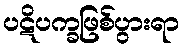
ပဋိပက္ခဖြစ်ပွားရာ